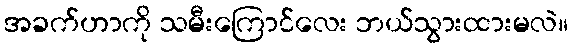
အခက်ဟာကို သမီးကြောင်လေး ဘယ်သွားထားမလဲ။